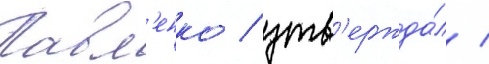
Павл'енко / утв'ержда́л /